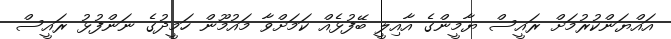
އައްޔަންކުރުމަށް ރައީސް ޔާމީންގެ އާއިލީ ބޭފުޅެއް ކަމަށްވާ މައުމޫން ހަމީދުގެ ނަންފުޅު ރައީސް